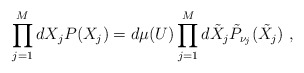
\begin{align*}\prod_{j=1}^M dX_j P(X_j)=d\mu(U)\prod_{j=1}^M d\tilde{X}_j\tilde P_{\nu_j}(\tilde{X}_j)\ ,\end{align*}